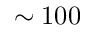
\sim 1 0 0